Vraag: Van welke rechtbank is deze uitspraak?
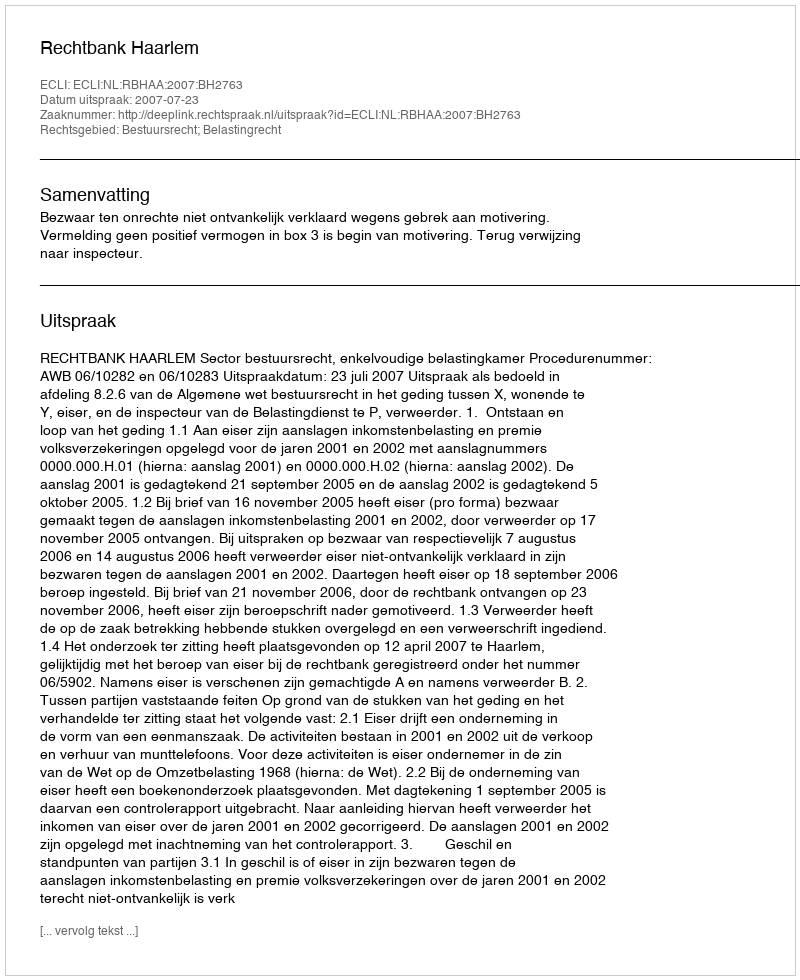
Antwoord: Rechtbank Haarlem